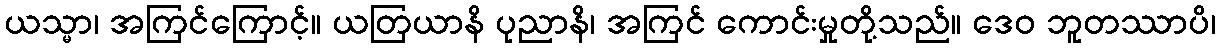
ယသ္မာ၊ အကြင်ကြောင့်။ ယတြယာနိ ပုညာနိ၊ အကြင် ကောင်းမှုတို့သည်။ ဒေဝ ဘူတဿာပိ၊